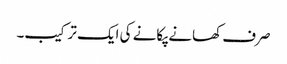
صرف کھانے پکانے کی ایک ترکیب۔